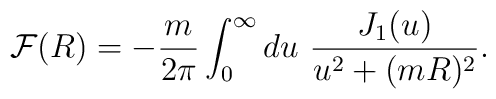
{\cal F}(R) = -\frac{m}{2\pi}\int_0^\infty du\ \frac{J_1(u)}{u^2+(mR)^2}.